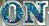
ON